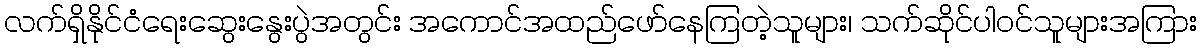
လက်ရှိနိုင်ငံရေးဆွေးနွေးပွဲအတွင်း အကောင်အထည်ဖော်နေကြတဲ့သူများ၊ သက်ဆိုင်ပါဝင်သူများအကြား